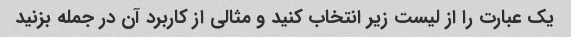
یک عبارت را از لیست زیر انتخاب کنید و مثالی از کاربرد آن در جمله بزنید